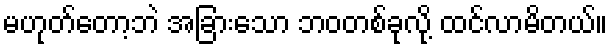
မဟုတ်တော့ဘဲ အခြားသော ဘဝတစ်ခုလို့ ထင်လာမိတယ်။